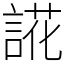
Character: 誮